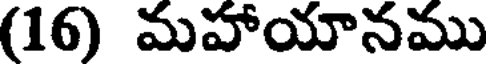
(16) మహాయానము